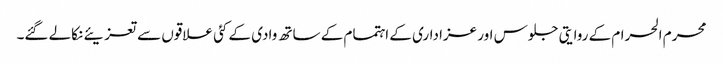
محرم الحرام کے روایتی جلوس اور عزاداری کے اہتمام کے ساتھ وادی کے کئی علاقوں سے تعزیئے نکالے گئے۔